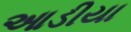
આડીયા